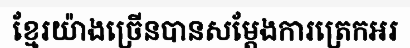
ខ្មែរយ៉ាងច្រើនបានសម្តែងការត្រេកអរ